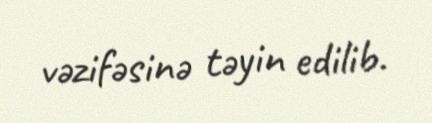
vəzifəsinə təyin edilib.